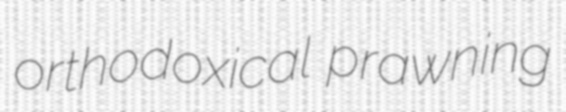
orthodoxical prawning